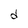
Character: d